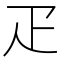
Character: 疋